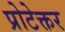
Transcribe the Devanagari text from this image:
प्रोटेक्तर